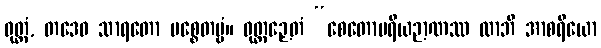
ဝုတ္တံ, တဒေဝ သာရတော ပစ္စေတဗ္ဗံ။ ဝုတ္တဉှေတံ “စေတောပရိယဉာဏဿ လာဘီ အာစရိယော